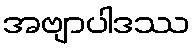
အဗျာပါဒဿ